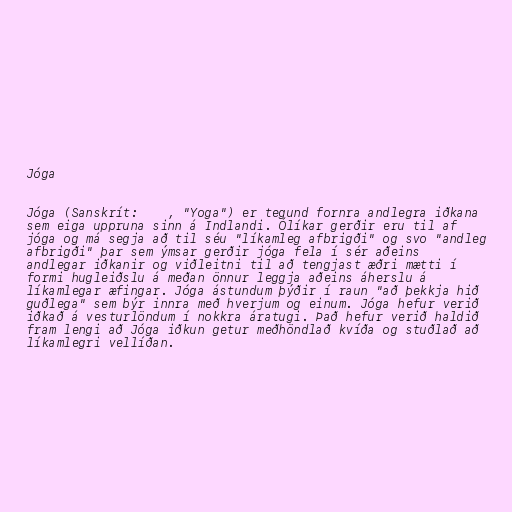
Jóga

Jóga (Sanskrít: योग, "Yoga") er tegund fornra andlegra iðkana
sem eiga uppruna sinn á Indlandi. Ólíkar gerðir eru til af
jóga og má segja að til séu "líkamleg afbrigði" og svo "andleg
afbrigði" þar sem ýmsar gerðir jóga fela í sér aðeins
andlegar iðkanir og viðleitni til að tengjast æðri mætti í
formi hugleiðslu á meðan önnur leggja aðeins áherslu á
líkamlegar æfingar. Jóga ástundum þýðir í raun "að þekkja hið
guðlega" sem býr innra með hverjum og einum. Jóga hefur verið
iðkað á vesturlöndum í nokkra áratugi. Það hefur verið haldið
fram lengi að Jóga iðkun getur meðhöndlað kvíða og stuðlað að
líkamlegri vellíðan.